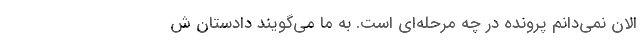
الان نمی‌دانم پرونده در چه مرحله‌ای است. به ما می‌گویند دادستان ش